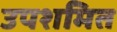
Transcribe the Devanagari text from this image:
उपशमित